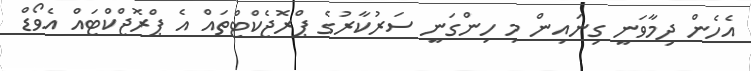
އެހެން ދިމާވަނީ ގިނައިން މި ހިންގަނީ ސަރުކާރުގެ ޕްރޮޖެކްޓްތައް އެ ޕްރޮޖްކްޓައް އެވޯޑް